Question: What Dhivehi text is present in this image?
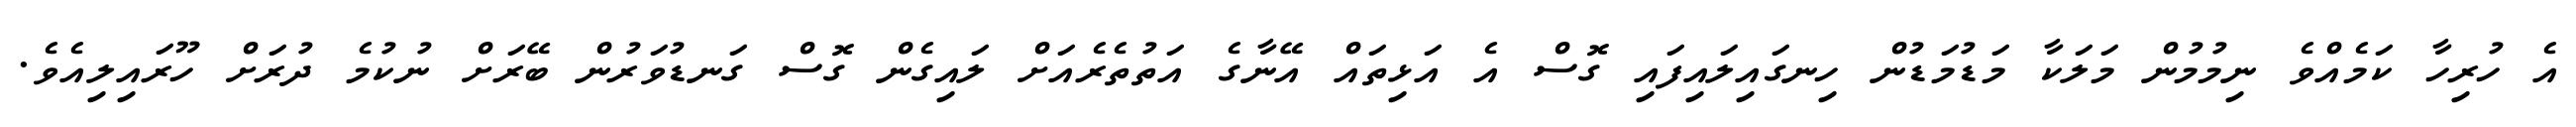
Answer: އެ ހުރިހާ ކަމެއްވެ ނިމުމުން މަލަކާ މަޑުމަޑުން ހިނގައިލައިފައި ގޮސް އެ އަޅިތައް އޭނާގެ އަތުތެރެއަށް ލައިގެން ގޮސް ގަނޑުވަރުން ބޭރަށް ނުކުމެ ދުރަށް ހޫރައިލިއެވެ.